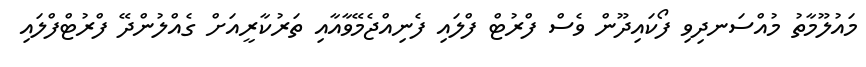
މައުލޫމާތު މުއްސަނދިވި ފޯކައިދޫން ވެސް ފްރުޓް ފްލައި ފެނިއްޖެމޭވާއާއި ތަރުކާރީއަށް ގެއްލުންދޭ ފްރުޓްފްލައި